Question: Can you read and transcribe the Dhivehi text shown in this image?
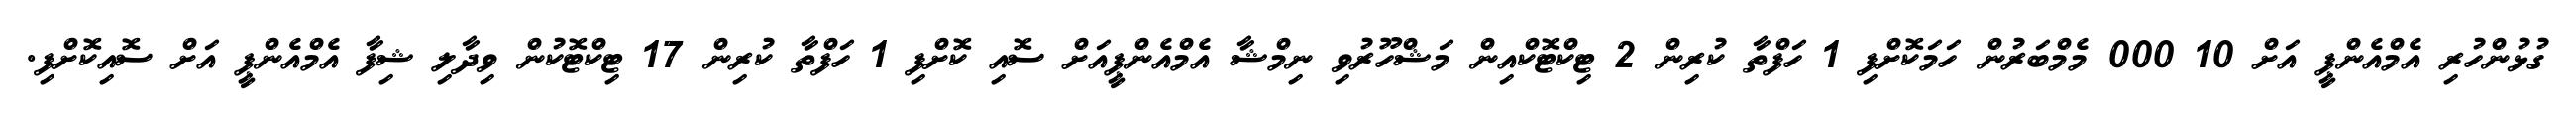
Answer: ގުޅުންހުރި އެމްއެންޕީ އަށް 10 000 މެމްބަރުން ހަމަކޮށްފި 1 ހަފްތާ ކުރިން 2 ޓިކްޓޮކްއިން މަޝްހޫރުވި ނިމްޝާ އެމްއެންޕީއަށް ސޮއި ކޮށްފި 1 ހަފްތާ ކުރިން 17 ޓިކްޓޮކުން ވިދާލި ޝިފާ އެމްއެންޕީ އަށް ސޮއިކޮށްފި.